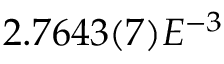
2 . 7 6 4 3 ( 7 ) E ^ { - 3 }